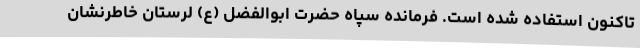
تاکنون استفاده شده است. فرمانده سپاه حضرت ابوالفضل (ع) لرستان خاطرنشان